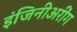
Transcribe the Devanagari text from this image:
इंजिनीअरींग